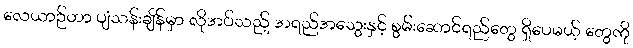
လေယာဉ်ဟာ ပျံသန်းချိန်မှာ လိုအပ်သည့် အရည်အသွေးနှင့် စွမ်းဆောင်ရည်တွေ ရှိပေမယ့် တွေကို